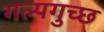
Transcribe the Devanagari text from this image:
गल्पगुच्छ